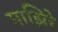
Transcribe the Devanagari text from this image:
माझिरे